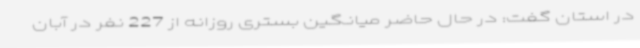
در استان گفت: در حال حاضر میانگین بستری روزانه از 227 نفر در آبان